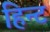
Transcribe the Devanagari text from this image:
हिन्ट